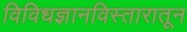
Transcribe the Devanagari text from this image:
विविधज्ञानविस्तारातून